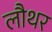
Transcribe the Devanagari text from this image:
लौथर